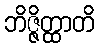
ဘိဇ္ဇိတ္ထာတိ